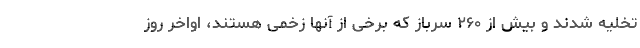
تخلیه شدند و بیش از ۲۶۰ سرباز که برخی از آنها زخمی هستند، اواخر روز